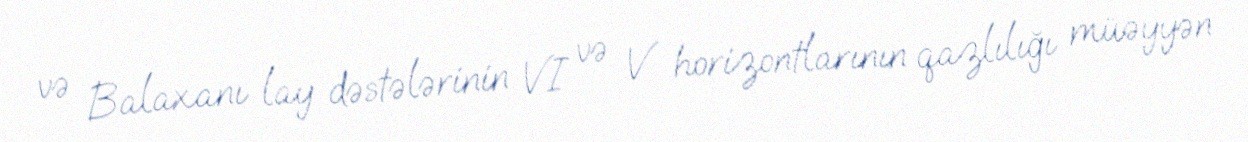
və Balaxanı lay dəstələrinin VI və V horizontlarının qazlılığı müəyyən